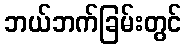
ဘယ်ဘက်ခြမ်းတွင်